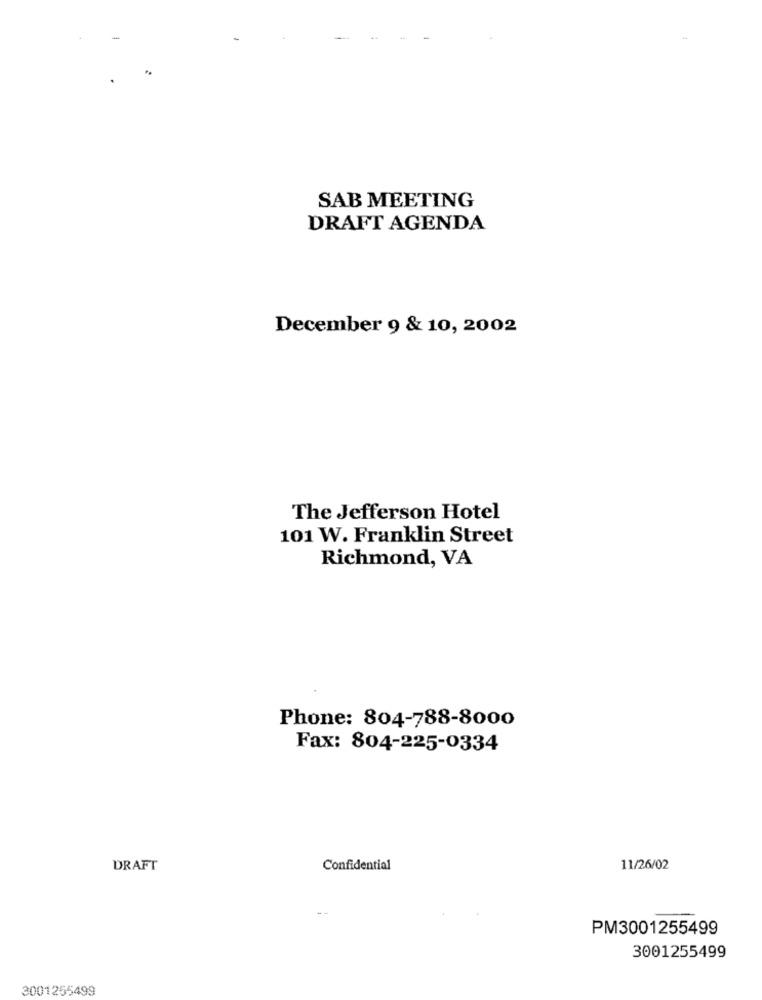
SAB MEETING
DRAFT AGENDA
December 9 & 10, 2002
The Jefferson Hotel
101 W. Franklin Street
Richmond, VA
Phone: 804-788-8000
Fax: 804-225-0334
DRAFT
Confidential
11/26/02
--
PM3001255499
3001255499
3001255499